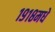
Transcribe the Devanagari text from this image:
१९१८मधे